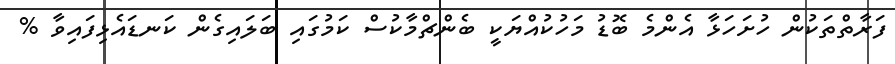
ފަރާތްތަކުން ހުށަހަޅާ އެންމެ ބޮޑު މަހުކުއްޔަކީ ބެންޗްމާކުސް ކަމުގައި ބަލައިގެން ކަނޑައެޅިފައިވާ %